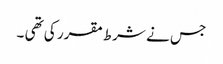
جس نے شرط مقرر کی تھی ۔